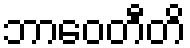
ဘာဝေတီတိ